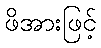
ဖိအားဖြင့်